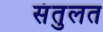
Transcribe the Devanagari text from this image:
संतुलत